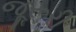
જૂરૂરી